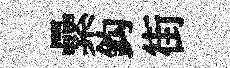
纍鈎街